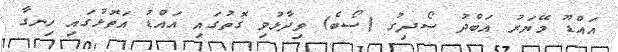
އައްޑޫ މޭޔަރު އަބްދު ސޯދިގު (ސޯބެ) ވިދާޅުވި ގޮތުގައި އައްޑު އަތޮޅުގައި ހިނގާ